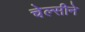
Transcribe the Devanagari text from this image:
चेल्सीने